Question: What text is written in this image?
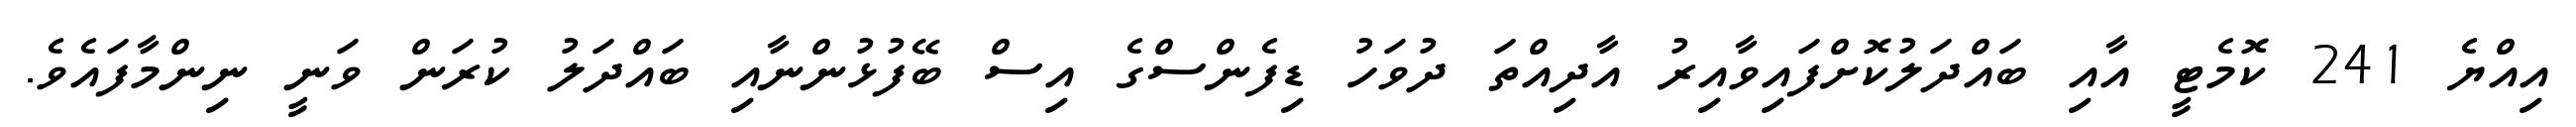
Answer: އިއްޔެ 241 ކޮމެޓީ އާއި ބައްދަލުކޮށްފައިވާއިރު އާދިއްތަ ދުވަހު ޑިފެންސްގެ އިސް ބޭފުޅުންނާއި ބައްދަލު ކުރަން ވަނީ ނިންމާފައެވެ.